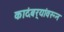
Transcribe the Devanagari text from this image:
कादंबर्‍यांवरून